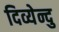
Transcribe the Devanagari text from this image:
दिव्येन्दु